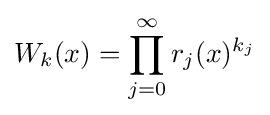
W_{k}(x)=\prod _{j=0}^{\infty }r_{j}(x)^{k_{j}}